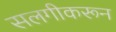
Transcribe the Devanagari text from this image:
सलगीकरून